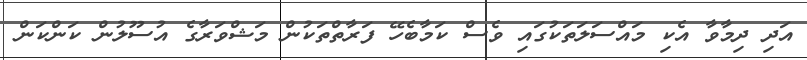
އަދި ދިމާވާ އެކި މައްސަލަތަކުގައި ވެސް ކަމާބެހޭ ފަރާތްތަކުން މަޝްވަރާގެ އުސޫލުން ކަންކަން